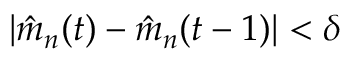
| \hat { m } _ { n } ( t ) - \hat { m } _ { n } ( t - 1 ) | < \delta